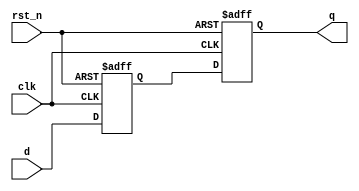
module master_slave_ff_synchronizer (
    input wire clk,         // Primary clock signal
    input wire rst_n,      // Asynchronous active-low reset
    input wire d,          // Asynchronous input signal
    output reg q           // Synchronized output signal
);

    // Internal signals for master and slave flip-flops
    reg q_m;               // Output of master flip-flop

    // Master Flip-Flop
    always @(posedge clk or negedge rst_n) begin
        if (!rst_n) begin
            q_m <= 1'b0;   // Reset master output to 0
        end else begin
            q_m <= d;      // Capture input data on rising edge of clk
        end
    end

    // Slave Flip-Flop
    always @(posedge clk or negedge rst_n) begin
        if (!rst_n) begin
            q <= 1'b0;     // Reset slave output to 0
        end else begin
            q <= q_m;      // Capture master output on rising edge of clk
        end
    end

endmodule